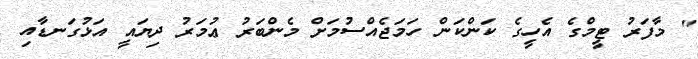
" މާފަރު ޓީމްގެ އެހީގެ ކަންކަން ހަމަޖެއްސުމަށް މެންބަރު ޢުމަރު ދިޔައީ އަޅުގަނޑާއި